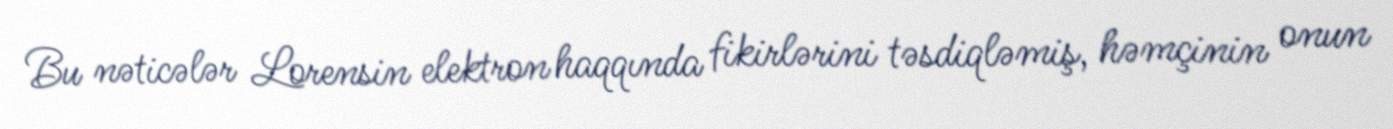
Bu nəticələr Lorensin elektron haqqında fikirlərini təsdiqləmiş, həmçinin onun